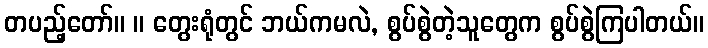
တပည့်တော်။ ။ တွေးရုံတွင် ဘယ်ကမလဲ, စွပ်စွဲတဲ့သူတွေက စွပ်စွဲကြပါတယ်။